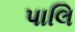
પાલિ